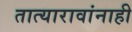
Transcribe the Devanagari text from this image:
तात्यारावांनाही